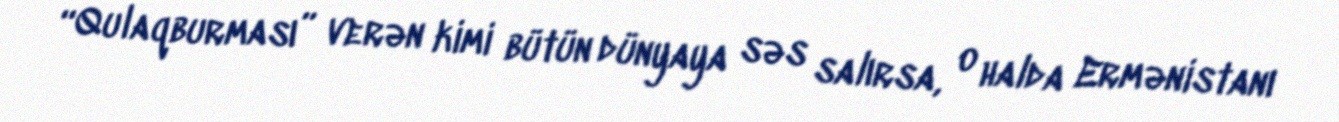
“Qulaqburması” verən kimi bütün dünyaya səs salırsa, o halda Ermənistanı